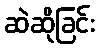
ဆဲဆိုခြင်း